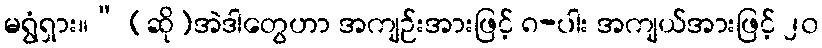
မရွံရှား။” (ဆို)အဲဒါတွေဟာ အကျဉ်းအားဖြင့် ၈-ပါး အကျယ်အားဖြင့် ၂၀